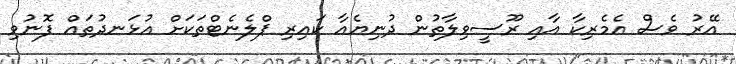
އޭރު ވެސް އެމެރިކާ އާއި ރޫސީވިލާތުން ދުނިޔެއާ ކައިރި ޕްލެނެޓްތަކަށް އުޅަނދުތައް ފޮނުވި